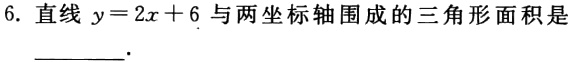
6. 直线 \(y = 2x + 6\) 与两坐标轴围成的三角形面积是
________.